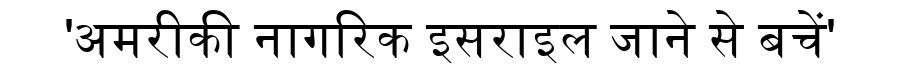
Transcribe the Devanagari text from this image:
'अमरीकी नागरिक इसराइल जाने से बचें'